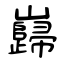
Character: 巋